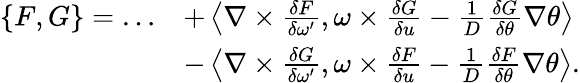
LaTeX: \begin{array}{rl}{\{ F,G\} =\ldots}&{+\left\langle\nabla\times\frac{\delta F}{\delta\omega^{\prime}},\omega\times\frac{\delta G}{\delta u}-\frac{1}{D}\frac{\delta G}{\delta\theta}\nabla\theta\right\rangle}\\ &{-\left\langle\nabla\times\frac{\delta G}{\delta\omega^{\prime}},\omega\times\frac{\delta F}{\delta u}-\frac{1}{D}\frac{\delta F}{\delta\theta}\nabla\theta\right\rangle.}\end{array}